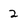
Character: 2